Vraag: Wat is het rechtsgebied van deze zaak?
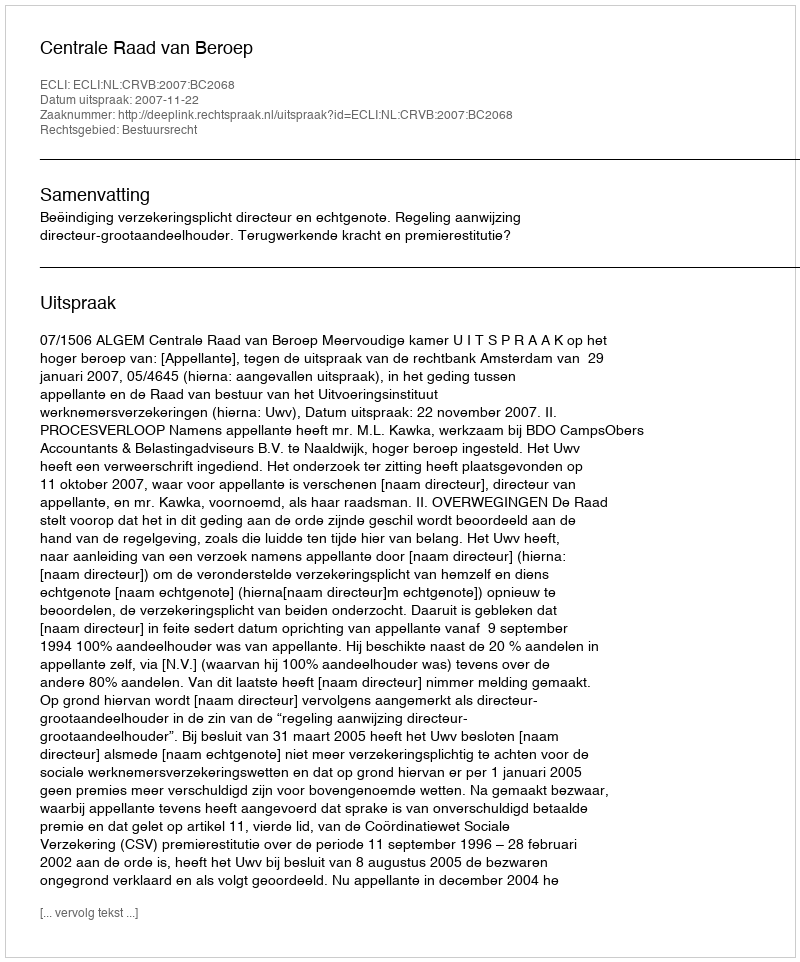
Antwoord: Bestuursrecht